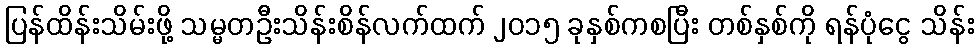
ပြန်ထိန်းသိမ်းဖို့ သမ္မတဦးသိန်းစိန်လက်ထက် ၂၀၁၅ ခုနှစ်ကစပြီး တစ်နှစ်ကို ရန်ပုံငွေ သိန်း